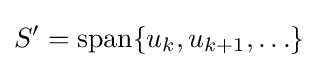
S'=\operatorname {span} \{u_{k},u_{k+1},\ldots \}